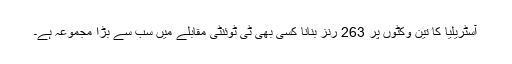
آسٹریلیا کا تین وکٹوں پر 263 رنز بنانا کسی بھی ٹی ٹوئنٹی مقابلے میں سب سے بڑا مجموعہ ہے۔